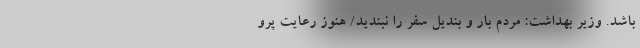
باشد. وزیر بهداشت: مردم بار و بندیل سفر را نبندید/ هنوز رعایت پرو